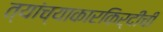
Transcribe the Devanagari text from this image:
त्यांच्याकारकिर्दीची